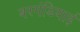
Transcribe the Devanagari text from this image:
बरगंडियाई